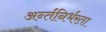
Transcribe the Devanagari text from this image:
अर्न्तनिर्भरता